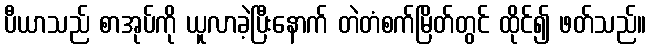
ပီယာသည် စာအုပ်ကို ယူလာခဲ့ပြီးနောက် တဲတံစက်မြိတ်တွင် ထိုင်၍ ဖတ်သည်။